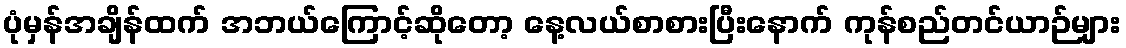
ပုံမှန်အချိန်ထက် အဘယ်ကြောင့်ဆိုတော့ နေ့လယ်စာစားပြီးနောက် ကုန်စည်တင်ယာဉ်များ